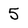
Character: 5